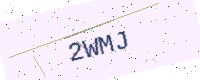
Text: 2WMJ